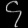
Digit: ၄